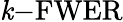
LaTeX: \mathit{k}{\mathrm{{-FWER}}}